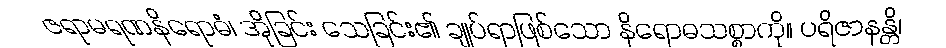
ဇရာမရဏနိရောဓံ၊ အိုခြင်း သေခြင်း၏ ချုပ်ရာဖြစ်သော နိရောဓသစ္စာကို။ ပရိဇာနန္တိ၊